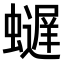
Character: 𫋢